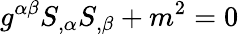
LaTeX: g^{\alpha\beta}S_{,\alpha}S_{,\beta}+m^{2}=0